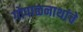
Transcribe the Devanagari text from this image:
गोपाळनाथांचे